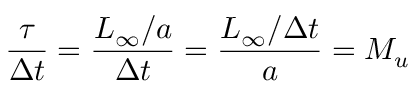
\frac { \tau } { \Delta t } = \frac { L _ { \infty } / a } { \Delta t } = \frac { L _ { \infty } / \Delta t } { a } = M _ { u }